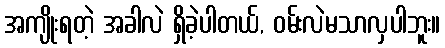
အကျိုးရတဲ့ အခါလဲ ရှိခဲ့ပါတယ်, ဝမ်းလဲမသာလှပါဘူး။